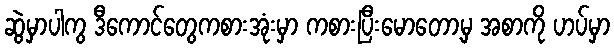
ဆွဲမှာပါကွ ဒီကောင်တွေကစားအုံးမှာ ကစားပြီးမောတော့မှ အစာကို ဟပ်မှာ